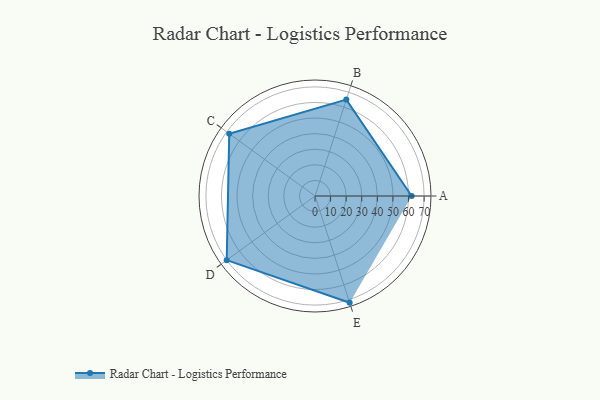
{"axis": {"x": "Skill", "y": "Score"}, "legend": ["Profile"], "data": [{"x": "A", "y": 62.0, "type": "Profile"}, {"x": "B", "y": 65.0, "type": "Profile"}, {"x": "C", "y": 68.0, "type": "Profile"}, {"x": "D", "y": 70.0, "type": "Profile"}, {"x": "E", "y": 72.0, "type": "Profile"}]}